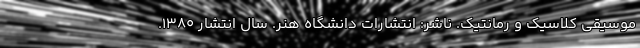
موسیقی کلاسیک و رمانتیک. ناشر: انتشارات دانشگاه هنر. سال انتشار ۱۳۸۰.